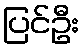
ပြင်ဦး